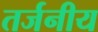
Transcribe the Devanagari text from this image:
तर्जनीय